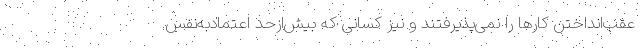
عقب‌انداختن کارها را نمی‌پذیرفتند و نیز کسانی که بیش‌ازحد اعتمادبه‌نفس